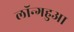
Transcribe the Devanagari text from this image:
लॉन्गहुआ